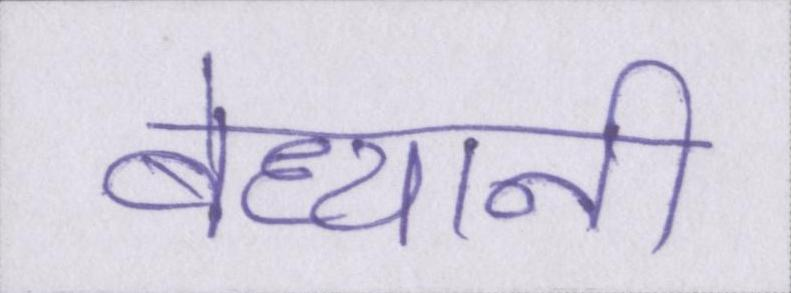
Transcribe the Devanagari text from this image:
बेध्यानी